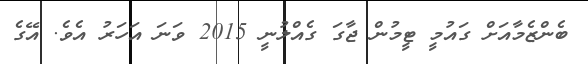
ބެންޒެމާއަށް ގައުމީ ޓީމުން ޖާގަ ގެއްލުނީ 2015 ވަނަ އަހަރު އެވެ. އޭގެ